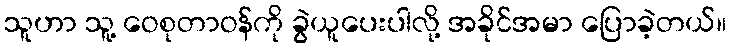
သူဟာ သူ့ ဝေစုတာဝန်ကို ခွဲယူပေးပါလို့ အခိုင်အမာ ပြောခဲ့တယ်။